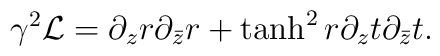
\gamma^2{\cal L}=\partial_z r\partial_{\bar z}r+\tanh^2 r \partial_z t \partial_{\bar z}t.